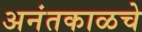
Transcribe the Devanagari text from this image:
अनंतकाळचे